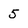
Character: 5